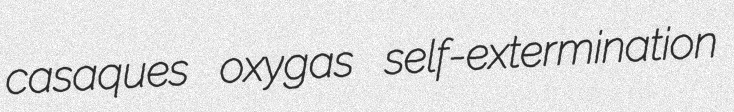
casaques oxygas self-extermination